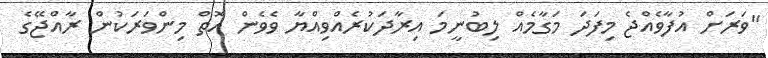
"ވަރަށް އުފާވެއްޖެ މިފަދަ މަގާމެއް ލިބުނީމަ އިރާދަކުރެއްވިއްޔާ ވެވެން އޮތް މިންވަރަކުން ރާއްޖޭގެ